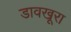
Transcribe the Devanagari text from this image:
डावखूरा